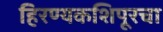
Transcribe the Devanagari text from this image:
हिरण्यकशिपूरचा